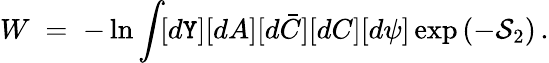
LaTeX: W\; =\; -\ln\int\! [d\mathtt{Y}][dA][d\bar{{C}}][dC][d\psi]\exp\left(-\mathcal{{S}}_{2}\right)\, .